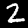
Digit: 2